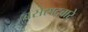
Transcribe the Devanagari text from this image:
बसेसद्बारे